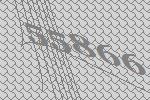
55866